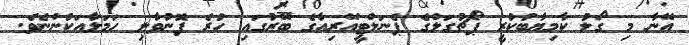
އޭނާ މި ގޯލު ކާމިޔާބުކުރީ ޕޯޗުގަލްގެ ޕެނަލްޓީއޭރިއާގެ ބޭރުގައި ހުރެ ފޮނުވާލި ހަމަލާއަކުންނެވެ.